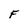
Character: F